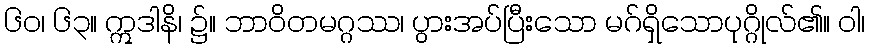
၆၀၊ ၆၃။ ဣဒါနိ၊ ၌။ ဘာဝိတမဂ္ဂဿ၊ ပွားအပ်ပြီးသော မဂ်ရှိသောပုဂ္ဂိုလ်၏။ ဝါ၊